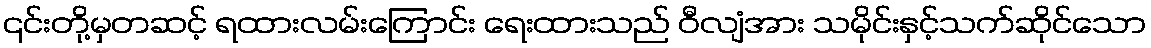
၎င်းတို့မှတဆင့် ရထားလမ်းကြောင်း ရေးထားသည် ဝီလျံအား သမိုင်းနှင့်သက်ဆိုင်သော